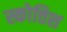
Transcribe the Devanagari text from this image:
स्कोत्तिश